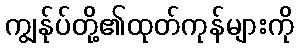
ကျွန်ုပ်တို့၏ထုတ်ကုန်များကို